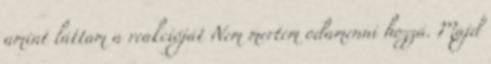
amint láttam a reakcióját Nem mertem odamenni hozzá. Majd